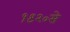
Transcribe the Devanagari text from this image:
१९२०से